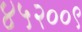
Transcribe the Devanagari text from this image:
४५२००९